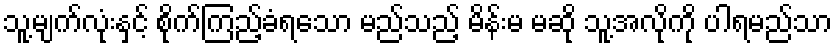
သူ့မျက်လုံးနှင့် စိုက်ကြည့်ခံရသော မည်သည့် မိန်းမ မဆို သူ့အလိုကို ပါရမည်သာ